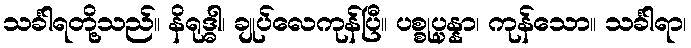
သင်္ခါရတို့သည်။ နိရုဒ္ဓါ၊ ချုပ်လေကုန်ပြီ။ ပစ္စုပ္ပန္နာ၊ ကုန်သော။ သင်္ခါရာ၊